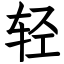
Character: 轻